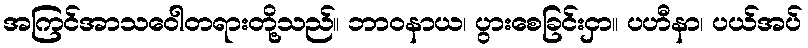
အကြင်အာသဝေါတရားတို့သည်။ ဘာဝနာယ၊ ပွားစေခြင်းငှာ။ ပဟီနာ၊ ပယ်အပ်